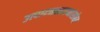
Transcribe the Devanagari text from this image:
उत्पादनसाधनांसोबत